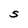
Character: S